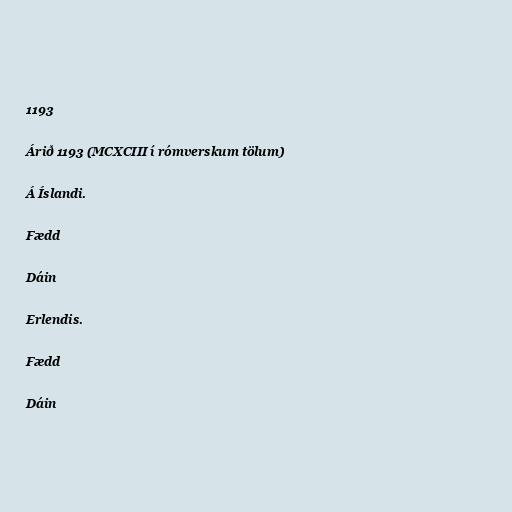
1193

Árið 1193 (MCXCIII í rómverskum tölum)

Á Íslandi.

Fædd

Dáin

Erlendis.

Fædd

Dáin